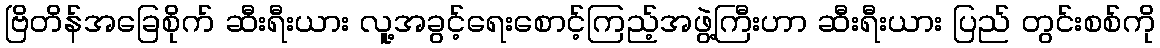
ဗြိတိန်အခြေစိုက် ဆီးရီးယား လူ့အခွင့်ရေးစောင့်ကြည့်အဖွဲ့ကြီးဟာ ဆီးရီးယား ပြည် တွင်းစစ်ကို